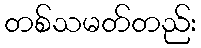
တစ်သမတ်တည်း